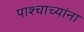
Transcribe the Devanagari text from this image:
पाश्चाच्यांना